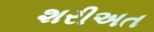
શરીઅત